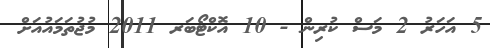
5 އަހަރު 2 މަސް ކުރިން - 10 އޮކްޓޯބަރ 2011 މުޖުތަމައުއަށް